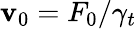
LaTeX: \mathbf{v}_{0}=F_{0}/\gamma_{t}